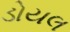
ડોયલ